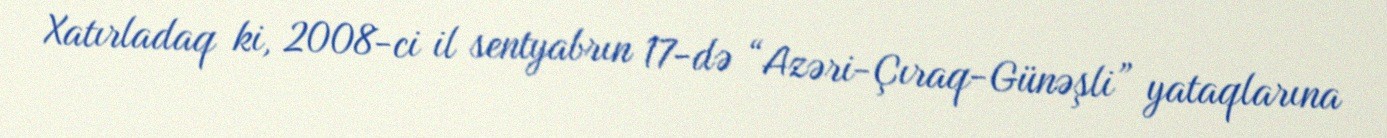
Xatırladaq ki, 2008-ci il sentyabrın 17-də “Azəri-Çıraq-Günəşli” yataqlarına